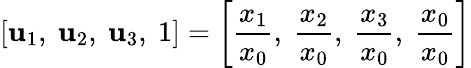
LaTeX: \left[\mathbf{u}_{1},\ \mathbf{u}_{2},\ \mathbf{u}_{3},\ 1\right]=\left[{\frac{{x_{1}}}{{x_{0}}}},\ {\frac{{x_{2}}}{{x_{0}}}},\ {\frac{{x_{3}}}{{x_{0}}}},\ {\frac{{x_{0}}}{{x_{0}}}}\right]